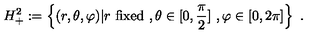
H _ { + } ^ { 2 } : = \left\{ ( r , \theta , \varphi ) | r \ \mathrm { f i x e d } \ , \theta \in [ 0 , \frac { \pi } { 2 } ] \ , \varphi \in [ 0 , 2 \pi ] \right\} \ .